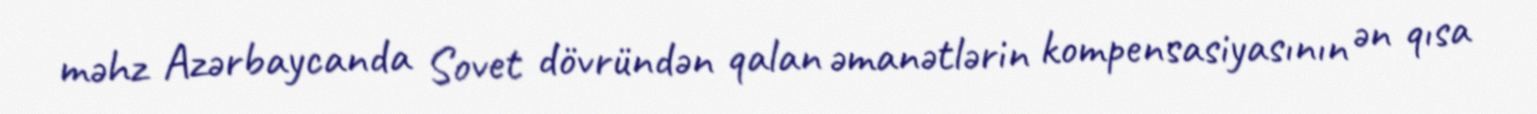
məhz Azərbaycanda Sovet dövründən qalan əmanətlərin kompensasiyasının ən qısa